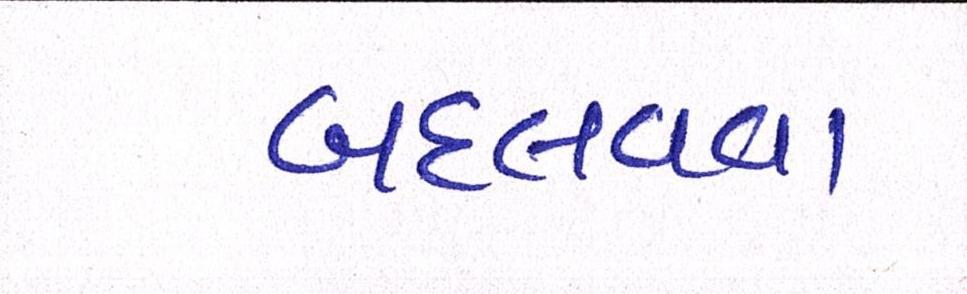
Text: બદલવવા